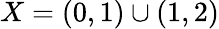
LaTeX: X=(0,1)\cup(1,2)